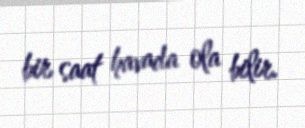
bir saat havada ola bilir.